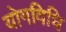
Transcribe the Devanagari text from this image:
योगविधि